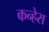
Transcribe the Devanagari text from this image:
कन्हेरा